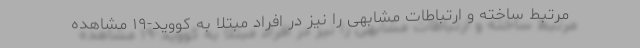
مرتبط ساخته و ارتباطات مشابهی را نیز در افراد مبتلا به کووید-۱۹ مشاهده